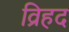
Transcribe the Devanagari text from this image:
व्रिहद